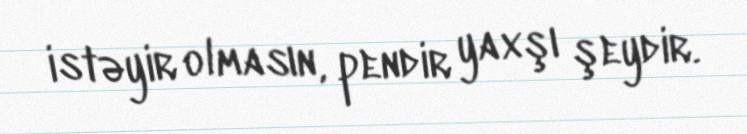
istəyir olmasın, pendir yaxşı şeydir.